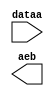
module compare_alldata1 (
	dataa,
	aeb);

	input	[42:0]  dataa;
	output	  aeb;

endmodule